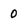
Character: 0